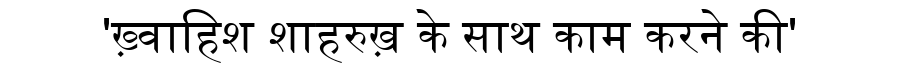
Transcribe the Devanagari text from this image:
'ख़्वाहिश शाहरुख़ के साथ काम करने की'